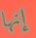
إنها